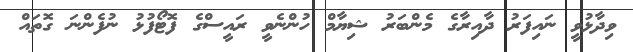
ވިދާޅުވީ ނައިފަރު ދާއިރާގެ މެންބަރު ޝިޔާމް ހުންނެވީ ރައީސްގެ ފޮޓޯފުޅު ނުފެންނަ ގޮތައް